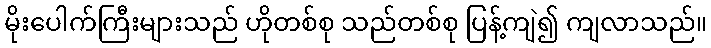
မိုးပေါက်ကြီးများသည် ဟိုတစ်စု သည်တစ်စု ပြန့်ကျဲ၍ ကျလာသည်။